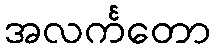
အလင်္ကတော